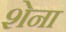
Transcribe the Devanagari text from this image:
शेना